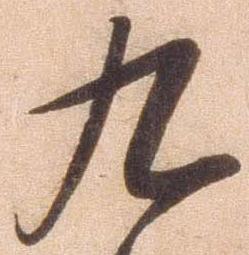
九